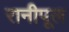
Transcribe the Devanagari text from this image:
रानीपूल